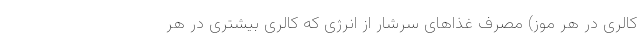
کالری در هر موز) مصرف غذاهای سرشار از انرژی که کالری بیشتری در هر